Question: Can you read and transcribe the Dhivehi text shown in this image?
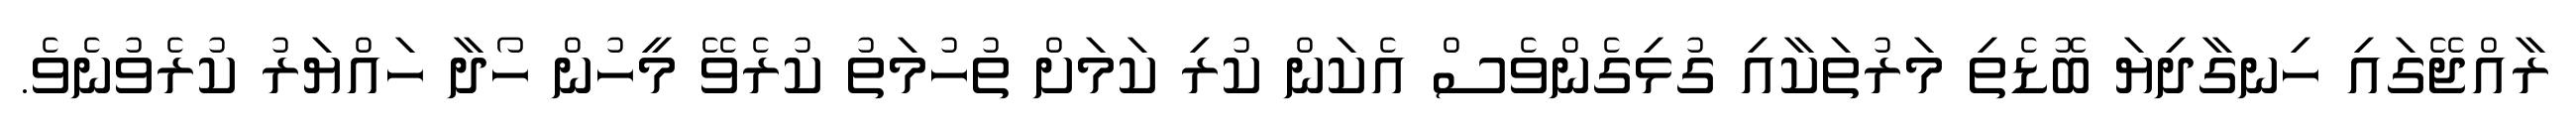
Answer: ރާއްޖޭގައި ހިނގާދިޔަ ބޮޑެތި މަރުތަކާއި ގުޅިގެންވެސް އެކަން ކުރި ކަމަށް ތުހުމަތު ކުރެވޭ މީހުން ހޯދާ ހައްޔަރު ކުރެވުނެވެ.